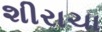
શીરાચા